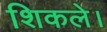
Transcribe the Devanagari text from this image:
शिकले।